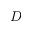
D